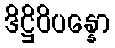
ဒိဋ္ဌိဝိပန္နော